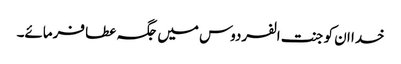
خدا ان کو جنت الفردوس میں جگہ عطا فرمائے۔